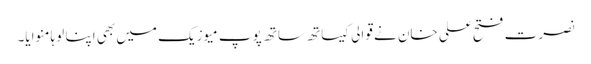
نصرت فتح علی خان نے قوالی کیساتھ ساتھ پوپ میوزیک میں بھی اپنا لوہا منوایا۔